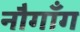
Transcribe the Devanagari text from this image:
नौगाँग